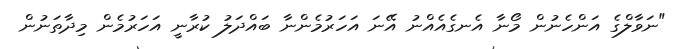
"ނަވާލްގެ އަންހެނުން މޯނާ އެނގެއެއްނު އޭނަ އަހަރުމެންނާ ބައްދަލު ކުރާނީ އަހަރުމެން މިދާތަނުން